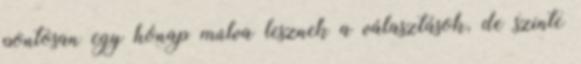
pontosan egy hónap múlva lesznek a választások, de szinte